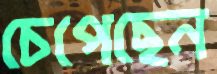
চেপেছেন